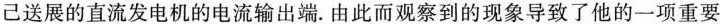
己送展的直流发电机的电流输出端。由此而观察到的现象导致了他的一项重要